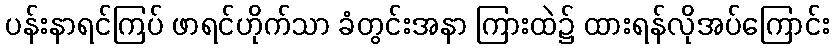
ပန်းနာရင်ကြပ် ဖာရင်ဟိုက်သာ ခံတွင်းအနာ ကြားထဲ၌ ထားရန်လိုအပ်ကြောင်း